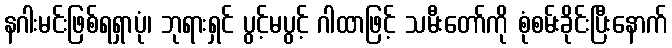
နဂါးမင်းဖြစ်ရရှာပုံ၊ ဘုရားရှင် ပွင့်မပွင့် ဂါထာဖြင့် သမီးတော်ကို စုံစမ်းခိုင်းပြီးနောက်